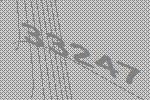
33247